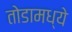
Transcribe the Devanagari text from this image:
तोडामध्ये